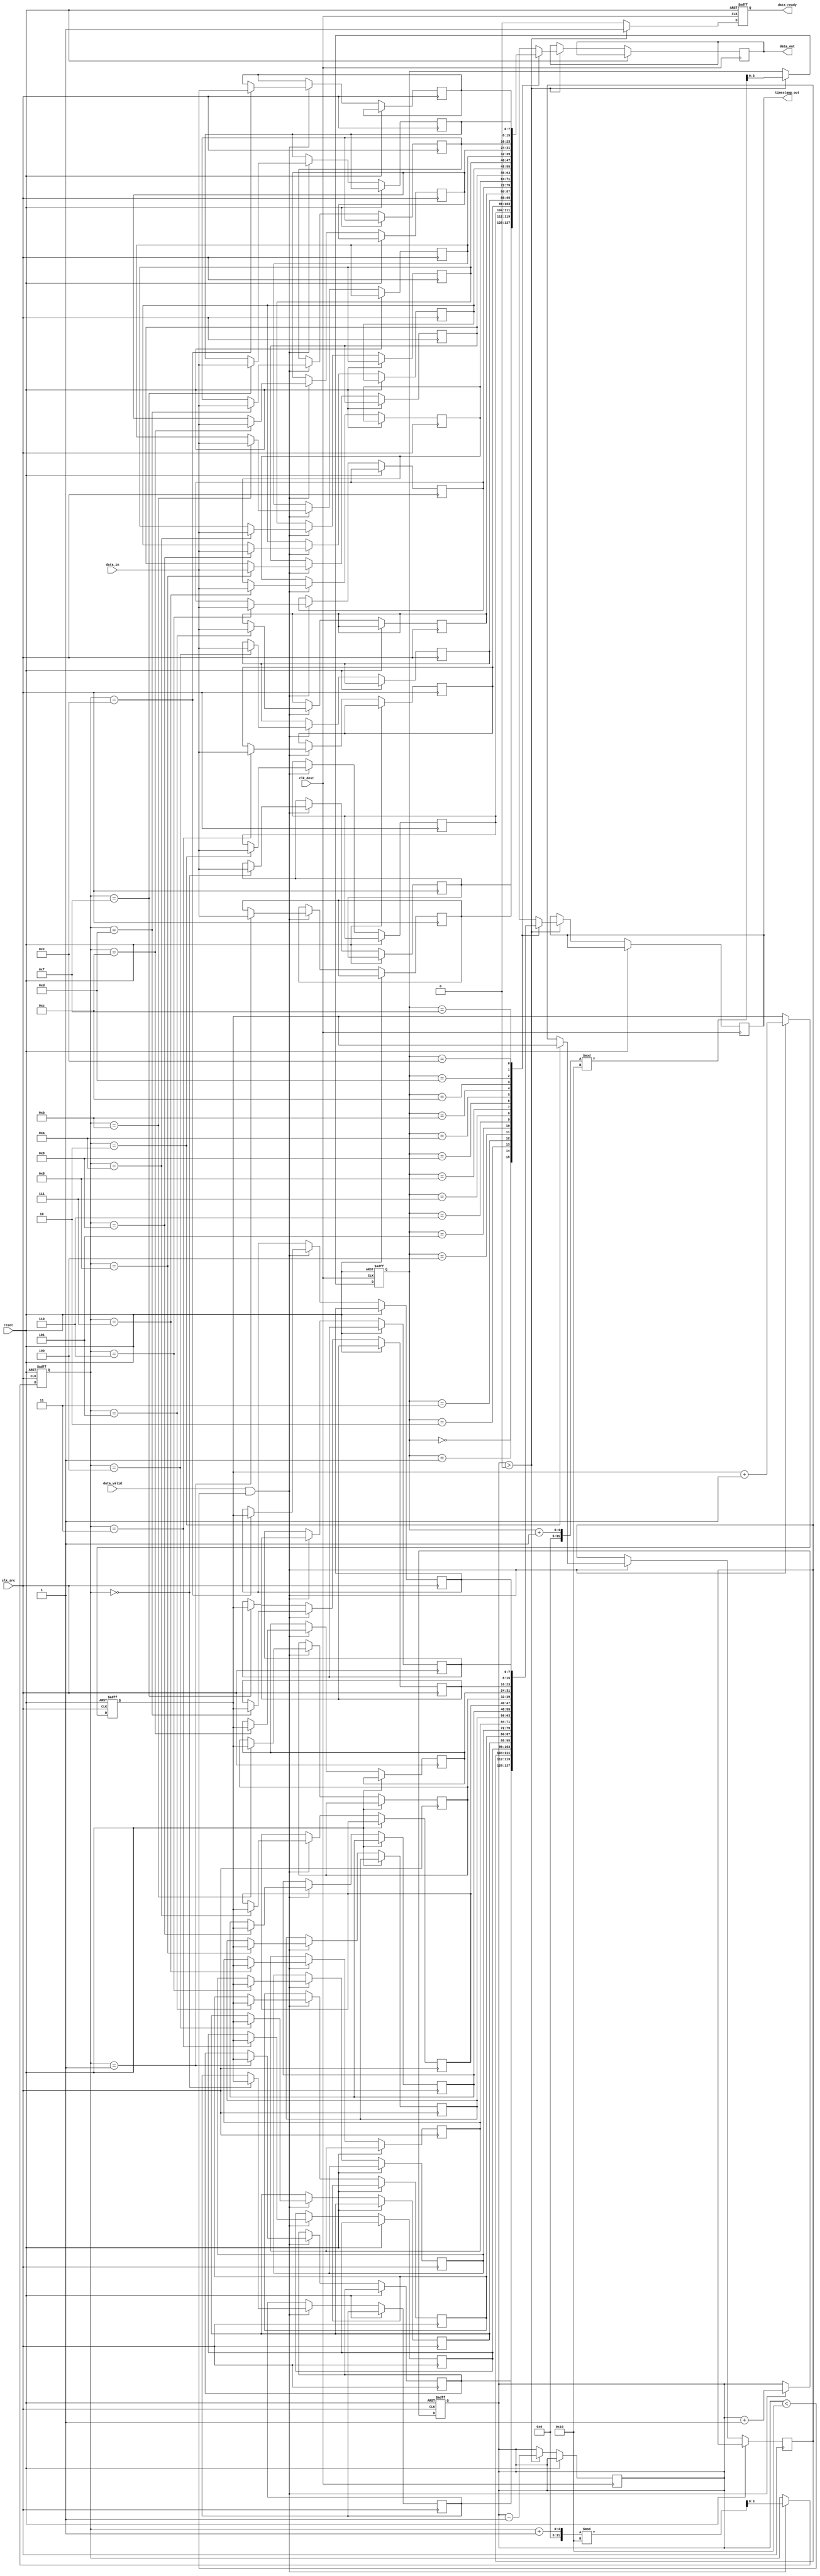
module timestamped_synchronizer #(
    parameter DATA_WIDTH = 8,
    parameter TIMESTAMP_WIDTH = 8,
    parameter FIFO_DEPTH = 16
)(
    input wire clk_src,
    input wire clk_dest,
    input wire reset,
    input wire [DATA_WIDTH-1:0] data_in,
    input wire data_valid,
    output reg [DATA_WIDTH-1:0] data_out,
    output reg [TIMESTAMP_WIDTH-1:0] timestamp_out,
    output reg data_ready
);

    // FIFO buffer and control signals
    reg [DATA_WIDTH-1:0] fifo_data[FIFO_DEPTH-1:0];
    reg [TIMESTAMP_WIDTH-1:0] fifo_timestamp[FIFO_DEPTH-1:0];
    reg [3:0] write_pointer = 0;
    reg [3:0] read_pointer = 0;
    reg [3:0] fifo_count = 0;

    // Timestamp generator
    reg [TIMESTAMP_WIDTH-1:0] timestamp_counter = 0;

    // FIFO Write process (synchronized to clk_src)
    always @(posedge clk_src or posedge reset) begin
        if (reset) begin
            write_pointer <= 0;
            fifo_count <= 0;
            timestamp_counter <= 0;
        end else if (data_valid && (fifo_count < FIFO_DEPTH)) begin
            fifo_data[write_pointer] <= data_in;
            fifo_timestamp[write_pointer] <= timestamp_counter;
            write_pointer <= (write_pointer + 1) % FIFO_DEPTH;
            fifo_count <= fifo_count + 1;
            timestamp_counter <= timestamp_counter + 1; // Increment timestamp
        end
    end

    // FIFO Read process (synchronized to clk_dest)
    always @(posedge clk_dest or posedge reset) begin
        if (reset) begin
            read_pointer <= 0;
            data_ready <= 0;
        end else if (fifo_count > 0) begin
            data_out <= fifo_data[read_pointer];
            timestamp_out <= fifo_timestamp[read_pointer];
            read_pointer <= (read_pointer + 1) % FIFO_DEPTH;
            fifo_count <= fifo_count - 1;
            data_ready <= 1; // Indicate data is ready to read
        end else begin
            data_ready <= 0; // No data available
        end
    end

endmodule